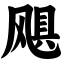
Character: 飓